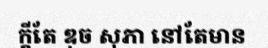
ក្តីតែ ឌុច សុភា នៅតែមាន